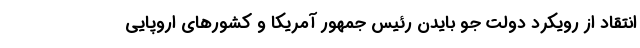
انتقاد از رویکرد دولت جو بایدن رئیس جمهور آمریکا و کشورهای اروپایی